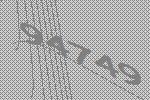
94749